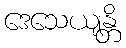
ဒေသေယျန္တိ